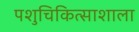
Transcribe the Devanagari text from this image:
पशुचिकित्साशाला